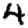
Digit: 4